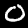
Digit: 0